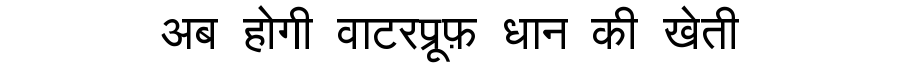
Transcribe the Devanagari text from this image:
अब होगी वाटरप्रूफ़ धान की खेती